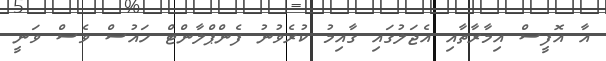
އާ އޮފީސް އިމާރާތާއި އެޖަލުގައި ގާއިމު ކުރެވުނު ފެންޕްލާންޓް ހައުސް ވެސް ވަނީ